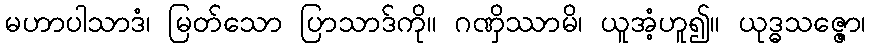
မဟာပါသာဒံ၊ မြတ်သော ပြာသာဒ်ကို။ ဂဏှိဿာမိ၊ ယူအံ့ဟူ၍။ ယုဒ္ဓသဇ္ဇော၊